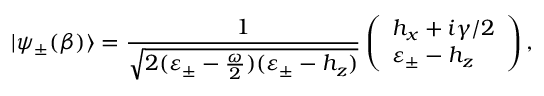
| \psi _ { \pm } ( \beta ) \rangle = \frac { 1 } { \sqrt { 2 ( \varepsilon _ { \pm } - \frac { \omega } { 2 } ) ( \varepsilon _ { \pm } - h _ { z } ) } } \left( \begin{array} { l } { h _ { x } + i \gamma / 2 } \\ { \varepsilon _ { \pm } - h _ { z } } \end{array} \right) ,